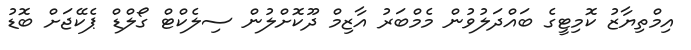
އިމްތިޔާޒު ކޮމިޓީގެ ބައްދަލުވުން މެމްބަރު އާޒިމް ދޫކޮށްލުން ސިލެކްޓް ގޯލްޑް ޕެކޭޖަށް ބޮޑު